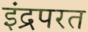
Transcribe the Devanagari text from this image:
इंद्रपरत